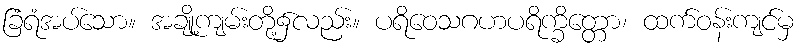
ခြံရံအပ်သော။ အချို့ကျမ်းတို့၌လည်း။ ပရိဝေသဂဟပရိက္ခိတ္တော၊ ထက်ဝန်းကျင်မှ